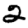
Digit: 2